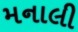
મનાલી